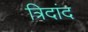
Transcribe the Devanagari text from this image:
त्रिदांद